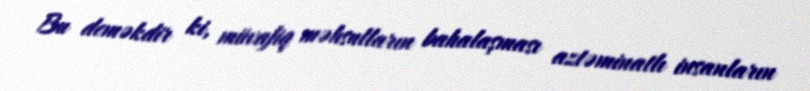
Bu deməkdir ki, müvafiq məhsulların bahalaşması aztəminatlı insanların